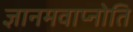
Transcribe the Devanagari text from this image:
ज्ञानमवाप्नोति